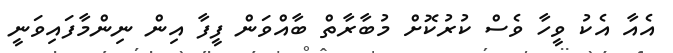
އެއާ އެކު ވީހާ ވެސް ކުރުކޮށް މުބާރާތް ބާއްވަން ފީފާ އިން ނިންމާފައިވަނީ